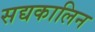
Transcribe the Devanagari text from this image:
सद्यकालिन